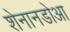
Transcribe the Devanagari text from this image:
शेनानडोआ